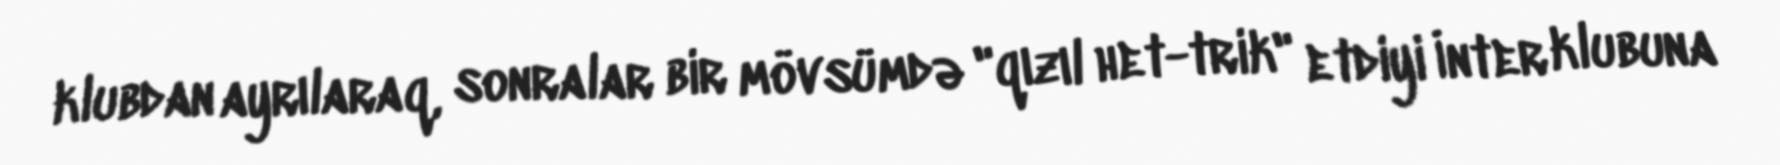
klubdan ayrılaraq, sonralar bir mövsümdə "qızıl het-trik" etdiyi İnter klubuna